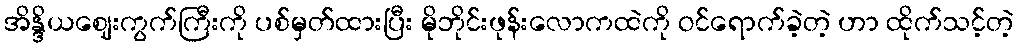
အိန္ဒိယဈေးကွက်ကြီးကို ပစ်မှတ်ထားပြီး မိုဘိုင်းဖုန်းလောကထဲကို ဝင်ရောက်ခဲ့တဲ့ ဟာ ထိုက်သင့်တဲ့